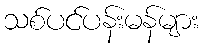
သစ်ပင်ပန်းမန်များ